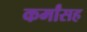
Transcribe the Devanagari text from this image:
कर्मांसह